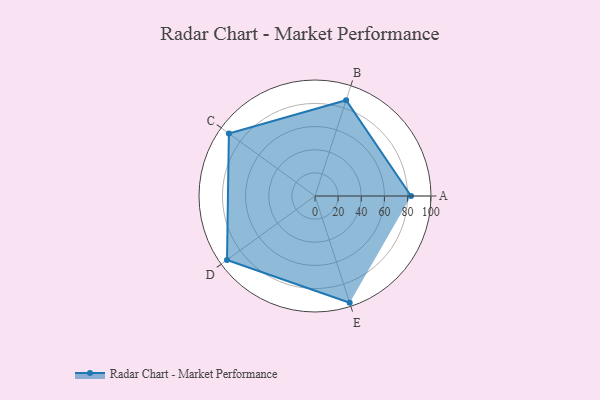
{"axis": {"x": "Skill", "y": "Score"}, "legend": ["Profile"], "data": [{"x": "A", "y": 83.0, "type": "Profile"}, {"x": "B", "y": 87.0, "type": "Profile"}, {"x": "C", "y": 92.0, "type": "Profile"}, {"x": "D", "y": 94.0, "type": "Profile"}, {"x": "E", "y": 97.0, "type": "Profile"}]}